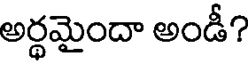
అర్ధమైందా అండీ?